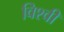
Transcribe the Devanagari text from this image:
विश्वी